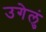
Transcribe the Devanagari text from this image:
उगेलुं